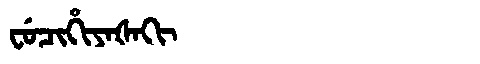
Manchu: ᠸᡠᠴᡳᡥᡳᠶᠠᡧᠠᡴᡳ
Romanization: FUCIHIYAŠAKI